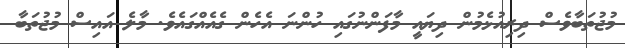
މުޖުތަބާވެސް ދިރިއުޅެމުން ދިޔައީ މާފަންނުގައި ހުންނަ އެހެން ގެއެއްގައެވެ. މާލެ އައިސް މުޖުތަބާ